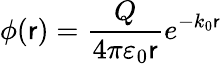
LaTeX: \phi(\mathsf{r})={\frac{{Q}}{{4\pi\varepsilon_{0}\mathsf{r}}}}e^{-k_{0}\mathsf{r}}